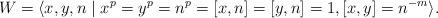
LaTeX: \begin{align*}W=\langle x,y,n \mid x^p=y^p=n^p=[x,n]=[y,n]=1, [x,y]=n^{-m}\rangle.\end{align*}